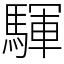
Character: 䮝